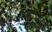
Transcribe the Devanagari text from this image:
मोजूनमापून